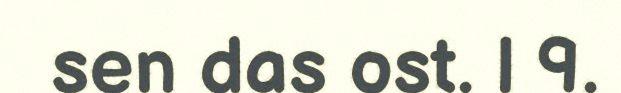
sen das ost. | 9.